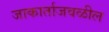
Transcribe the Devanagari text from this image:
जाकार्ताजवळील